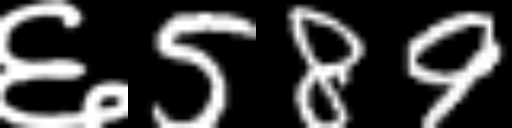
Text: ६589